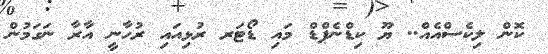
ކޮން ލިކެސްއެއް.. ޔޫ ކިޑްނެޕްޑް މައި ޑޯޓަރ ރުޅިއައި ރުހާނީ އާރާ ނަގަމުން